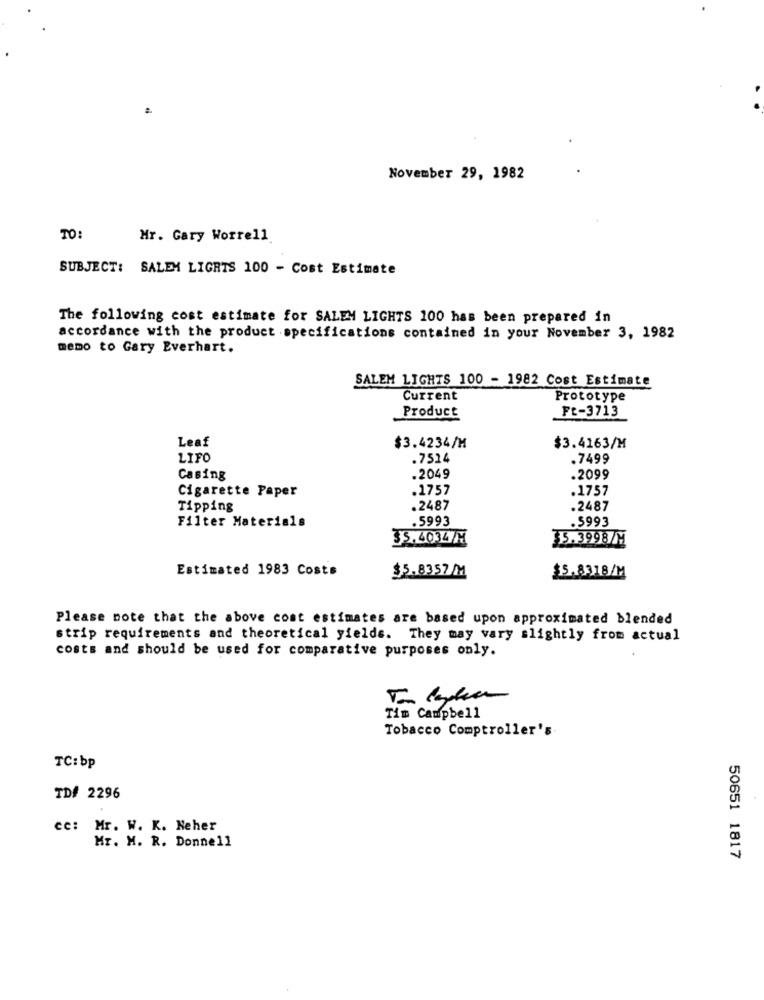
November 29, 1982
TO:
Mr. Gary Worrell
SUBJECT: SALEM LIGHTS 100 - Cost Estimate
The following cost estimate for SALEM LIGHTS 100 has been prepared in
accordance with the product specifications contained in your November 3, 1982
memo to Gary Everhart.
SALEM LIGHTS 100 - 1982 Cost Estimate
Current
Prototype
Ft-3713
Product
Leaf
$3.4234/M
$3.4163/M
LIFO
.7524
.7499
Casing
.2049
.2099
Cigarette Paper
.1757
.1757
Tipping
.2487
.2487
Filter Materials
.5993
.5993
35.4034/M
35.3998/M
Estimated 1983 Costs
$5.8357/M
$5.8318/M
Please note that the above cost estimates are based upon approximated blended
strip requirements and theoretical yields. They may vary slightly from actual
costs and should be used for comparative purposes only.
Tim Campbell
Tobacco Comptroller's
TC:bp
TD# 2296
ce: Mr. W. K. Neher
Mr. M. R. Donnell
50651 1817